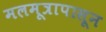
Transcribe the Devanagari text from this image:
मलमूत्रापासून